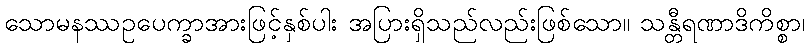
သောမနဿဥပေက္ခာအားဖြင့်နှစ်ပါး အပြားရှိသည်လည်းဖြစ်သော။ သန္တီရဏာဒိကိစ္စာ၊